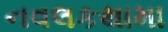
નવલકથામા